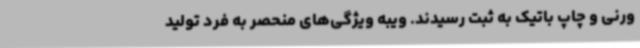
ورنی و چاپ باتیک به ثبت رسیدند. ویبه ویژگی‌های منحصر به ‌فرد تولید